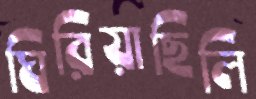
ঘিরিয়াছিলি